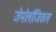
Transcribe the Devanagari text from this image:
जेमोलॉजिकल